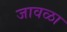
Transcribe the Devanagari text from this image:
जावळा